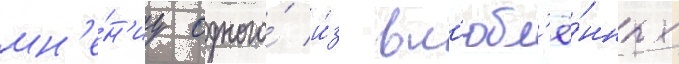
мн'е́н'иу одного́ и́з вл'юбл'ё́нных